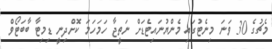
މެޗުގެ 30 ވަނަ މިނެޓުގައި މެންޔުނައިޓެޑަށް ނަތީޖާ ހަމަހަމަ ކޮށްދިނީ ޑިމިޓާ ބާބަޓޯވް